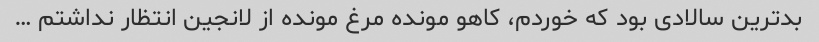
بد‌ترین سالادی بود که خوردم، کاهو مونده مرغ مونده از لانجین انتظار نداشتم …